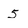
Character: 5